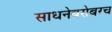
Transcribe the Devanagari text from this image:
साधनेबरोबरच